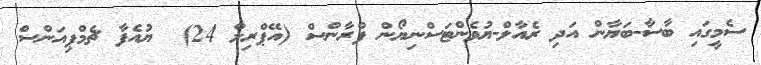
ސެމީގައި ބާސާ-ބަޔާން އަދި ރެއާލް-ޔުވެންޓަސްނިޔޯން ފްރާންސް (އޭޕްރިލް 24)  ޔުއެފާ ޗެމްޕިއަންސް